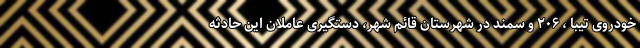
خودروی تیبا ، ۲۰۶ و سمند در شهرستان قائم شهر، دستگیری عاملان این حادثه